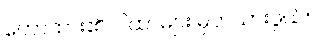
ဟောထား၏၊ ဂါထာများ မှတ်သားဖွယ်။